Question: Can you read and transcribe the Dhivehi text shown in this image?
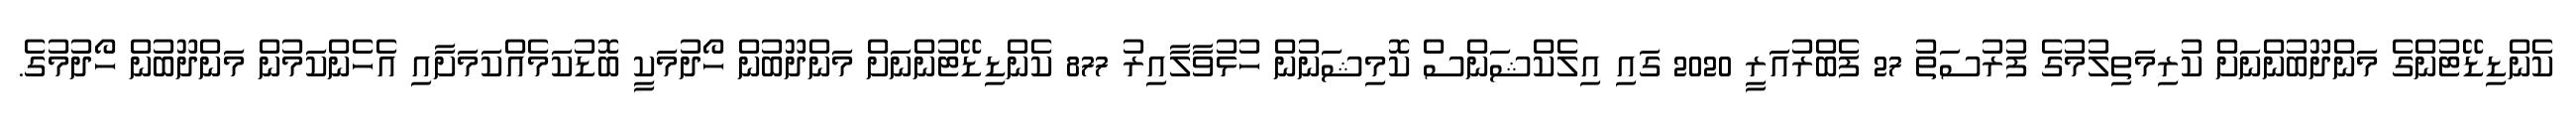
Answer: ކެންޑިޑޭޓުންގެ މަންދޫބުންނަށް ކުރިމަތިލުމުގެ ފުރުސަތު 27 ފެބްރުއަރީ 2020 ގައި އިލެކްޝަންސް ކޮމިޝަނުން ހުޅުވާލާއިރު 877 ކެންޑިޑޭޓުންނަށް މަންދޫބުން ހޯދުމަކީ ބޮޑުކަމެއްކަމަށާއި އެހެންކަމުން މަންދޫބުން ހޯދުމުގެ.